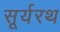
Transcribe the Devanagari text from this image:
सूर्यरथ